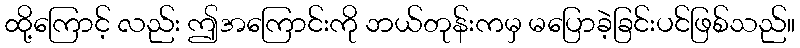
ထို့ကြောင့် လည်း ဤအကြောင်းကို ဘယ်တုန်းကမှ မပြောခဲ့ခြင်းပင်ဖြစ်သည်။